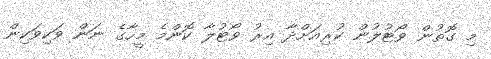
މި ގޮތުން ވޯޓުލުން ކުރިއަށްދާ އިރު ވޯޓުލާ ކޮންމެ މީހާގެ ނަން ވަކިވަކިން